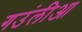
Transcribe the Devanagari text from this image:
गउंलीआ